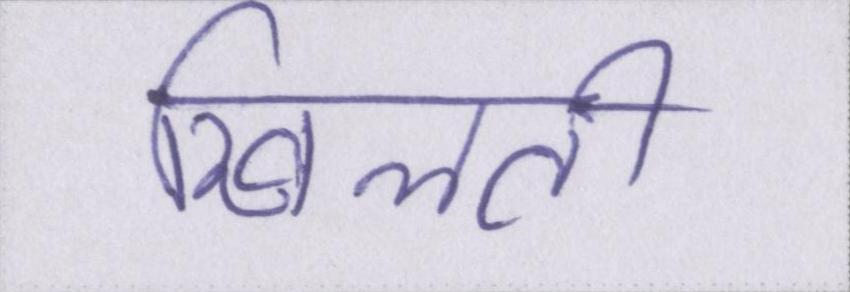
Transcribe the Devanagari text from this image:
खिलाती